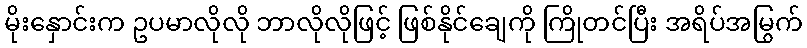
မိုးနှောင်းက ဥပမာလိုလို ဘာလိုလိုဖြင့် ဖြစ်နိုင်ချေကို ကြိုတင်ပြီး အရိပ်အမြွက်